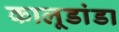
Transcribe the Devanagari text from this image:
कालूडांडा